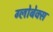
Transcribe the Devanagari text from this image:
ग्लोबेक्स